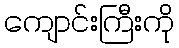
ကျောင်းကြီးကို